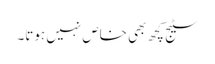
سٹیج کچھ بھی خاص نہیں ہوتا۔